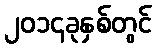
၂၀၁၄ခုနှစ်တွင်